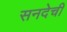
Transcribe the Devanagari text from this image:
सनदेची